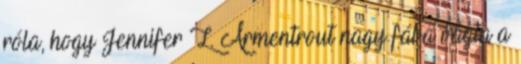
róla, hogy Jennifer L. Armentrout nagy fába vágta a